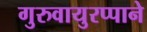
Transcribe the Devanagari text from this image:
गुरुवायुरप्पाने